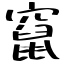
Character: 竄